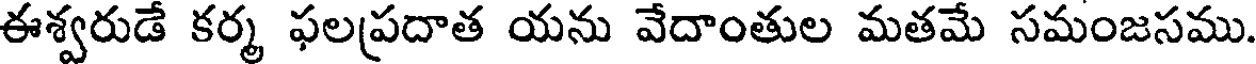
ఈశ్వరుడే కర్మ ఫలప్రదాత యను వేదాంతుల మతమే సమంజసము.